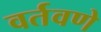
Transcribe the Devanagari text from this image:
वर्तवणे